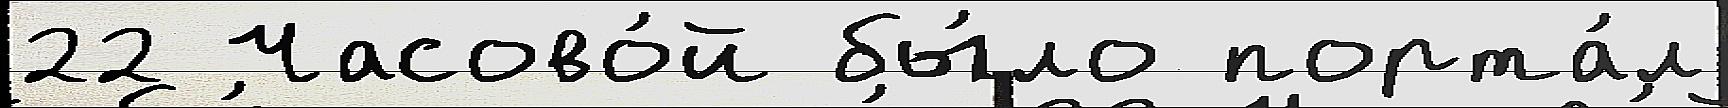
22 Часово́й бы́ло порта́л